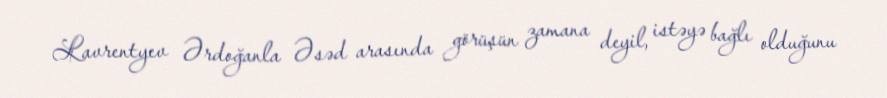
Lavrentyev Ərdoğanla Əsəd arasında görüşün zamana deyil, istəyə bağlı olduğunu